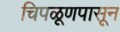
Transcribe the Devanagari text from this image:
चिपळूणपासून